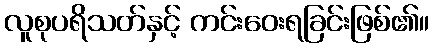
လူစုပရိသတ်နှင့် ကင်းဝေးရခြင်းဖြစ်၏။